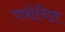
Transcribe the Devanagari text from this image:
पत्रोचित